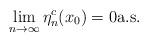
LaTeX: \begin{align*}\lim_{n \to \infty}\eta_n^c(x_0) = 0 \mathrm{a.s.}\end{align*}